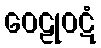
ဝေဠုဝဋံ